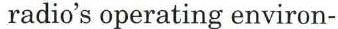
radio's operating environ-